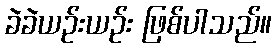
ခဲခဲယဉ်းယဉ်း ဖြစ်ပါသည်။